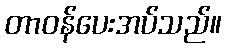
တာဝန်ပေးအပ်သည်။